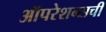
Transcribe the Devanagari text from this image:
ऑपरेशन्सची